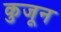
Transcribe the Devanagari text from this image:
कुजून